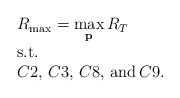
\begin{align*}\begin{array}{l}R_{\max}=\mathop {\max }\limits_{\bf p} {R_T}\\{\rm{s}}{\rm{.t}}{\rm{.}}\\C2,\,C3,\,C8,\,{\rm and}\,C9.\end{array}\end{align*}